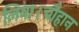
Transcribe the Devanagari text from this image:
लिया।चौहान